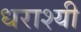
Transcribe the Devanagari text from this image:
धराश्यी